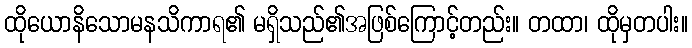
ထိုယောနိသောမနသိကာရ၏ မရှိသည်၏အဖြစ်ကြောင့်တည်း။ တထာ၊ ထိုမှတပါး။